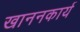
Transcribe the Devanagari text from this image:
खाननकार्य